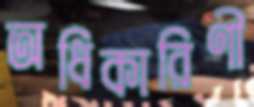
অধিকারিণী